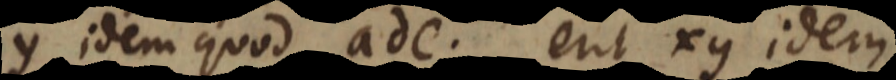
y idem quod ade, erit xy idem